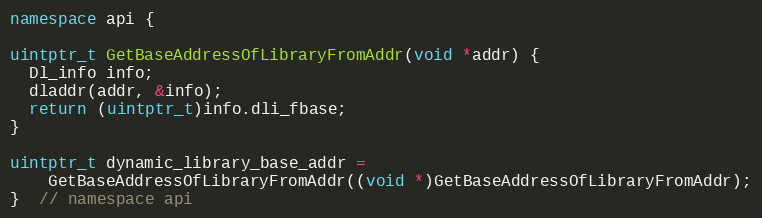
Language: C++
namespace api {

uintptr_t GetBaseAddressOfLibraryFromAddr(void *addr) {
  Dl_info info;
  dladdr(addr, &info);
  return (uintptr_t)info.dli_fbase;
}

uintptr_t dynamic_library_base_addr =
    GetBaseAddressOfLibraryFromAddr((void *)GetBaseAddressOfLibraryFromAddr);
}  // namespace api